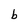
Character: b